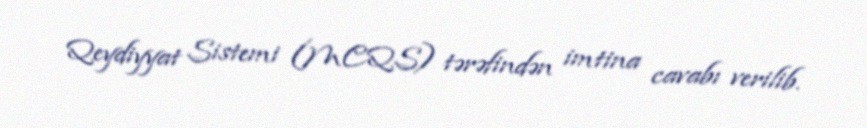
Qeydiyyat Sistemi (MCQS) tərəfindən imtina cavabı verilib.